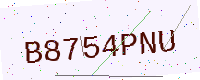
Text: B8754PNU